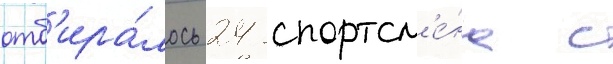
отб'ира́лось 24 спортсм'е́на с